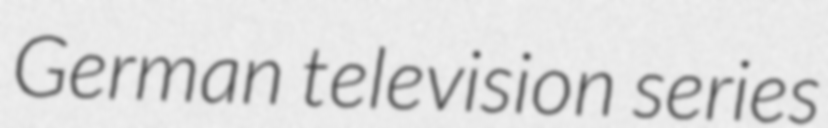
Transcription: German television series